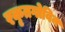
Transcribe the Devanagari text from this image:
रकृतगोविन